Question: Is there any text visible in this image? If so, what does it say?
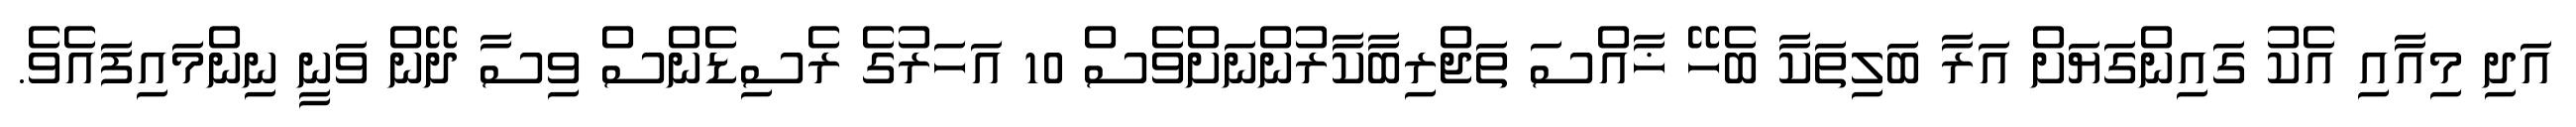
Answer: އަދި މިއާއި އެކު ގައިންގަޔަށް އަރާ ބަލިތަކާ ބެހޭ ޚާއްސަ ތަޖްރިބާކާރުންނަށްވެސް 10 އަހަރުގެ ރެސިޑެންސް ވިސާ ދޭން ވަނީ ނިންމައިފައެވެ.